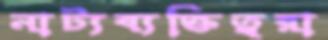
নাট্যব্যক্তিত্বরা